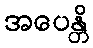
အပေန္တိ